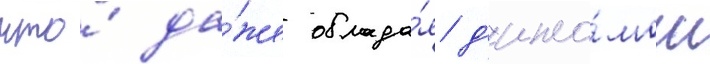
что́ да́же облада́я д'ипло́мом